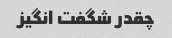
چقدر شگفت انگیز